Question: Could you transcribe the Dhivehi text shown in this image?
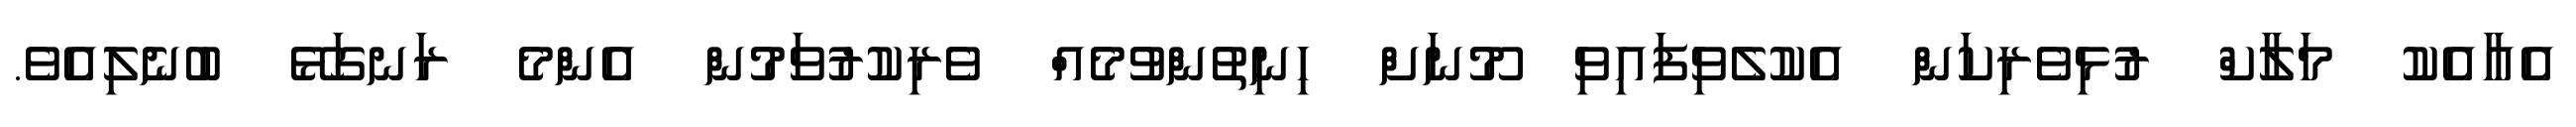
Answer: އެއާއެކު މަލާކް ރުޅިވެރިކަން އެކުލެވިފައިވި މޫނަށް ހިނިތުންވުމެއް ވެރިކުރުވަމުން އެންމެ ރަނގަޅޭ ބުނެލިއެވެ.